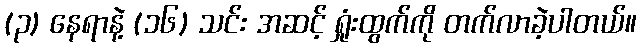
(၃) နေရာနဲ့ (၁၆) သင်း အဆင့် ရှုံးထွက်ကို တက်လာခဲ့ပါတယ်။